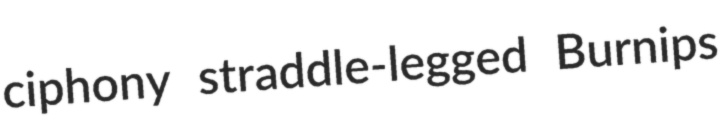
ciphony straddle-legged Burnips